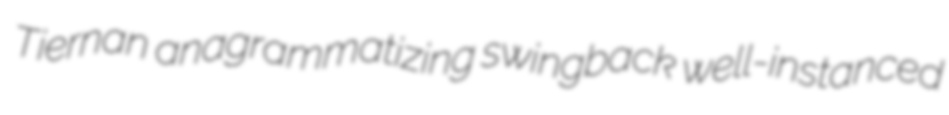
Tiernan anagrammatizing swingback well-instanced